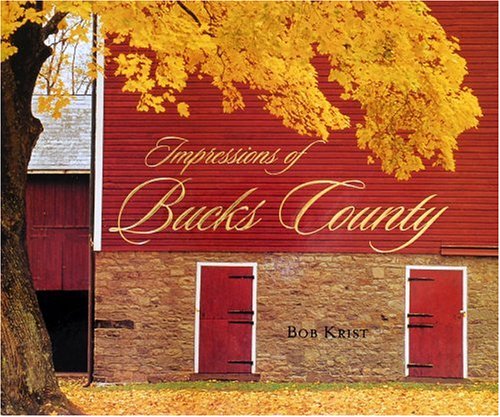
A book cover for Impressions of Bucks County; Bob Krist; Travel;